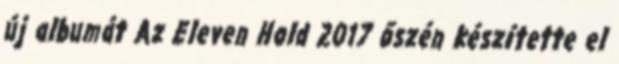
új albumát Az Eleven Hold 2017 őszén készítette el